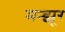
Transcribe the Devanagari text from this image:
मन्झूर